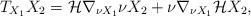
LaTeX: \begin{align*}T_{X_1} X_2= \mathcal{H} \nabla_{\nu X_1} \nu X_2 + \nu \nabla_{\nu X_1} \mathcal{H}X_2,\end{align*}